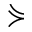
\curlyeqsucc